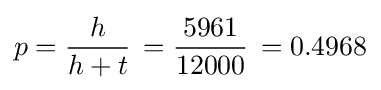
p={\frac {h}{h+t}}\,={\frac {5961}{12000}}\,=0.4968